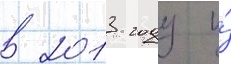
в 2013 году и́